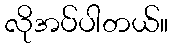
လိုအပ်ပါတယ်။